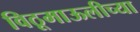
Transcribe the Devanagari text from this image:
विठूमाऊलीच्या